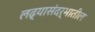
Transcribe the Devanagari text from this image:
लढ्यासंदर्भातील